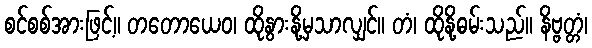
စင်စစ်အားဖြင့်။ တတောယေဝ၊ ထိုနွားနို့မှသာလျှင်။ တံ၊ ထိုနို့ဓမ်းသည်။ နိဗ္ဗတ္တံ၊